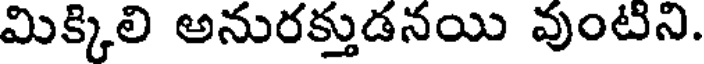
మిక్కిలి అనురక్తుడనయి వుంటిని.